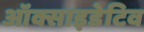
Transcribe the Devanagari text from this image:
ऑक्साइडेटिव